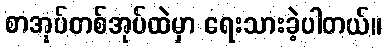
စာအုပ်တစ်အုပ်ထဲမှာ ရေးသားခဲ့ပါတယ်။